Papers set at the Examination for Leaving Certificates, 1895
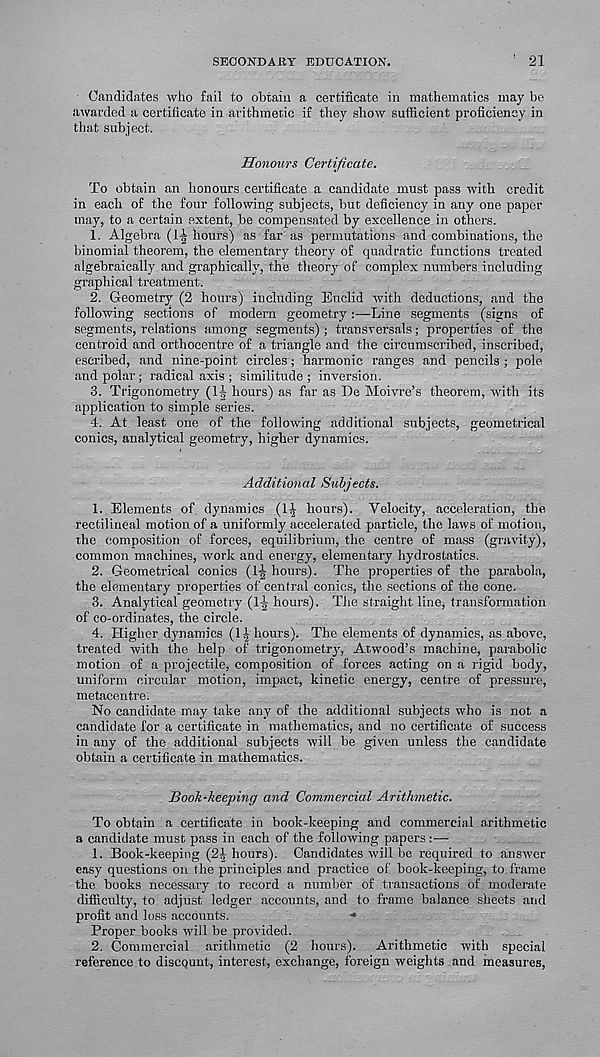
SECONDARY EDUCATION.
21
Candidates who fail to obtain a certificate in mathematics may be
awarded a certificate in arithmetic if they show sufficient proficiency in
that subject.
Honours Certificate.
To obtain an honours certificate a candidate must pass with credit
in each of the four following subjects, but deficiency in any one paper
may, to a certain extent, be compensated by excellence in others.
1. Algebra (l^ hours) as far as permutations and combinations, the
binomial theorem, the elementary theory of quadratic functions treated
algebraically and graphically, the theory of complex numbers including
graphical treatment.
2. Geometry (2 hours) including Euclid with deductions, and the
following sections of modern geometry:—Line segments (signs of
segments, relations among segments) ; transversals; properties of the
centroid and orthocentre of a triangle and the circumscribed, inscribed,
escribed, and nine-point circles; harmonic ranges and pencils ; pole
and polar; radical axis ; similitude; inversion.
3. Trigonometry (li hours) as far as De Moivre’s theorem, with its
application to simple series.
4. At least one of the following additional subjects, geometrical
conics, analytical geometry, higher dynamics.
Additional Subjects.
1. Elements of dynamics (1| hours). Velocity, acceleration, the
rectilineal motion of a uniformly accelerated particle, the laws of motion,
the composition of forces, equilibrium, the centre of mass (gravity),
common machines, work and energy, elementary hydrostatics.
2. Geometrical conics (1J hours). The properties of the parabola,
the elementary properties of central conics, the sections of the cone.
3. Analytical geometry (1-| hours). Tiie straight line, transformation
of co-ordinates, the circle.
4. Higher dynamics (1| hours). The elements of dynamics, as above,
treated with the help of trigonometry, Atwood’s machine, parabolic
motion of a projectile, composition of forces acting on a rigid body,
uniform circular motion, impact, kinetic energy, centre of pressure,
metacentre.
No candidate may take any of the additional subjects who is not a
candidate for a certificate in mathematics, and no certificate of success
in any of the additional subjects will be given unless the candidate
obtain a certificate in mathematics.
Book-keeping and Commercial Arithmetic.
To obtain a certificate in book-keeping and commercial arithmetic
a candidate must pass in each of the following papers : —
1. Book-keeping (2^ hours). Candidates will be required to answer
easy questions on the principles and practice of book-keeping, to frame
the books necessary to record a number of transactions of moderate
difficulty, to adjust ledger accounts, and to frame balance sheets and
profit and loss accounts.
■*
Proper books will be provided.
2. Commercial arithmetic (2 hours).
Arithmetic with special
reference to discount, interest, exchange, foreign weights and measures,